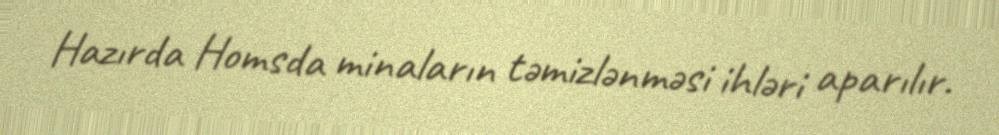
Hazırda Homsda minaların təmizlənməsi ihləri aparılır.